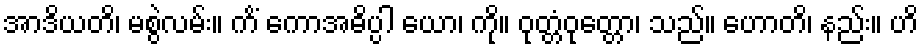
အာဒိယတိ၊ မစွဲလမ်း။ ကိံ ကောအဓိပ္ပါ ယော၊ ကို။ ဝုတ္တံဝုတ္တော၊ သည်။ ဟောတိ၊ နည်း။ ဟိ